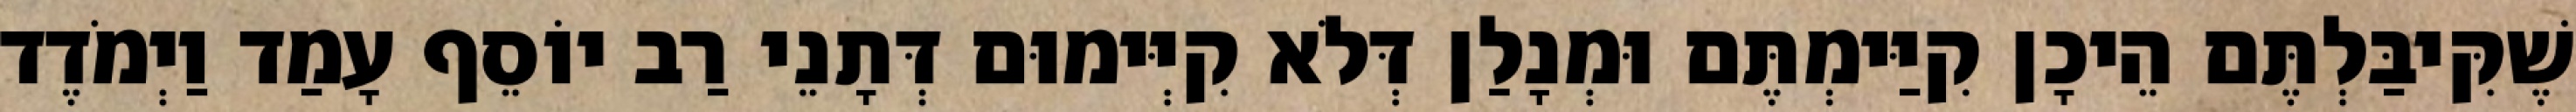
שֶׁקִּיבַּלְתֶּם הֵיכָן קִיַּימְתֶּם וּמְנָלַן דְּלֹא קִיְּימוּם דְּתָנֵי רַב יוֹסֵף עָמַד וַיְמֹדֶד